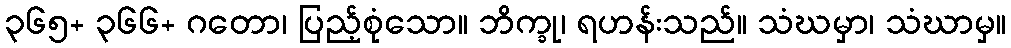
၃၆၅+ ၃၆၆+ ဂတော၊ ပြည့်စုံသော။ ဘိက္ခု၊ ရဟန်းသည်။ သံဃမှာ၊ သံဃာမှ။